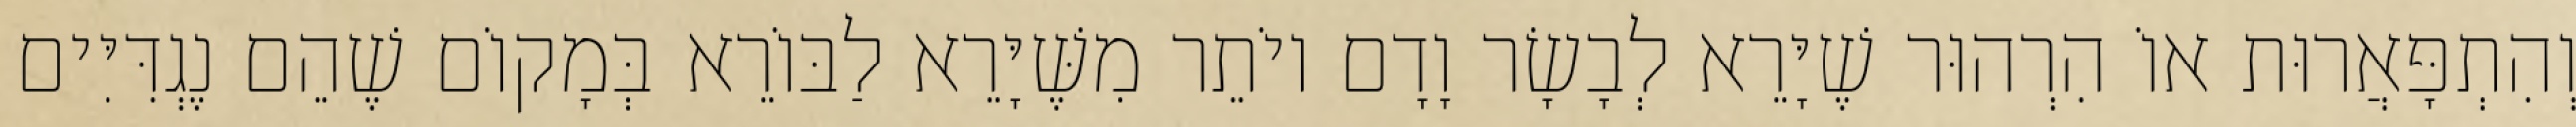
וְהִתְפָּאֲרוּת אוֹ הִרְהוּר שֶׁיָּרֵא לְבָשָׂר וָדָם יוֹתֵר מִשֶּׁיָּרֵא לַבּוֹרֵא בְּמָקוֹם שֶׁהֵם נֶגְדִּיִּים